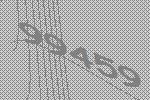
99459